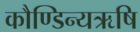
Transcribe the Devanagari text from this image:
कौण्डिन्यऋषि